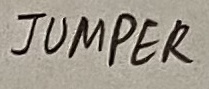
Text: JUMPER